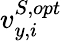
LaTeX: {v}_{y,i}^{S,opt}